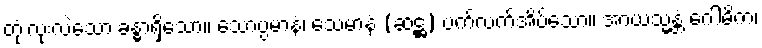
တုံးလုံးလဲသော ခန္ဓာရှိသော။ သောပ္ပမာနံ၊ သေမာနံ (ဆဋ္ဌ) ပက်လက်အိပ်သော။ အာယသ္မန္တံ ဂေါဓိက၊